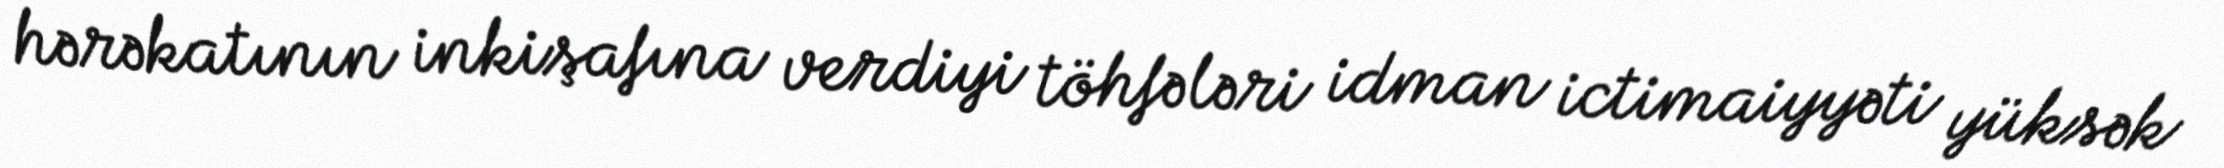
hərəkatının inkişafına verdiyi töhfələri idman ictimaiyyəti yüksək